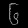
Digit: ၆